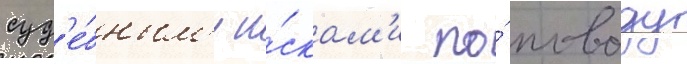
суд'е́бным'и и́скам'и по́ поводу